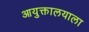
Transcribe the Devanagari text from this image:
आयुक्तालयाला